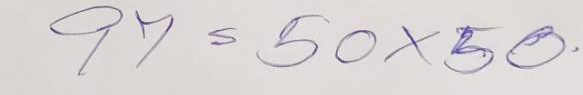
97 = 50 x 50